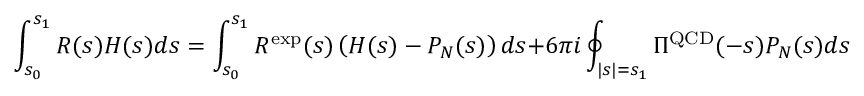
\int _ { s _ { 0 } } ^ { s _ { 1 } } R ( s ) H ( s ) d s = \int _ { s _ { 0 } } ^ { s _ { 1 } } R ^ { \mathrm { e x p } } ( s ) \left( H ( s ) - P _ { N } ( s ) \right) d s + 6 \pi i \oint _ { | s | = s _ { 1 } } \Pi ^ { \mathrm { Q C D } } ( - s ) P _ { N } ( s ) d s .